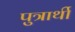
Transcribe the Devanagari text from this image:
पुत्रार्थी